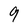
Character: 9